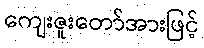
ကျေးဇူးတော်အားဖြင့်